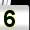
Digit: 5